Civil Veterinary Department. Madras. Admin. report 1926-33 - 1926-1933
Year: 1926
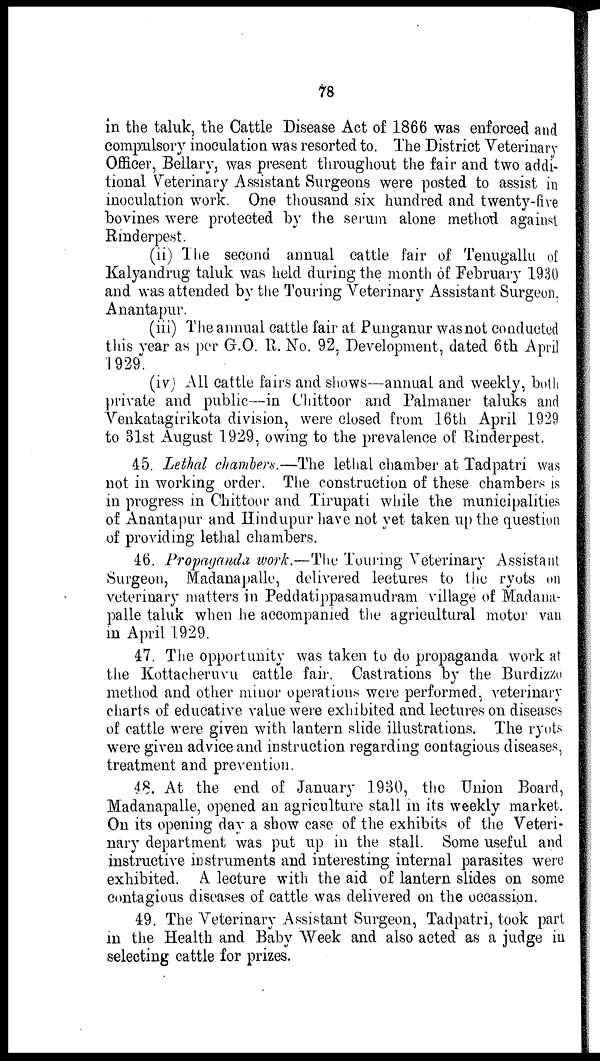
78
in the taluk, the Cattle Disease Act of 1866 was enforced and
compulsory inoculation was resorted to. The District Veterinary
Officer, Bellary, was present throughout the fair and two addi-
tional Veterinary Assistant Surgeons were posted to assist in
inoculation work. One thousand six hundred and twenty-five
bovines were protected by the serum alone method against
Rinderpest.
(ii) The second annual cattle fair of Tenugallu of
Kalyandrug taluk was held during the month of February 1930
and was attended by the Touring Veterinary Assistant Surgeon,
Anantapur.
(iii) The annual cattle fair at Punganur was not conducted
this year as per G.O. R. No. 92, Development, dated 6th April
1929.
(iv) All cattle fairs and shows—annual and weekly, both
private and public—in Chittoor and Palmaner taluks and
Venkatagirikota division, were closed from 16th April 1929
to 31st August 1929, owing to the prevalence of Rinderpest.
45. Lethal chambers.—The lethal chamber at Tadpatri was
not in working order. The construction of these chambers is
in progress in Chittoor and Tirupati while the municipalities
of Anantapur and Hindupur have not yet taken up the question
of providing lethal chambers.
46. Propaganda work.—The Touring Veterinary Assistant
Surgeon, Madanapalle, delivered lectures to the ryots on
veterinary matters in Peddatippasamudram village of Madana-
palle taluk when he accompanied the agricultural motor van
in April 1929.
47. The opportunity was taken to do propaganda work at
the Kottacheruvu cattle fair. Castrations by the Burdizzo
method and other minor operations were performed, veterinary
charts of educative value were exhibited and lectures on diseases
of cattle were given with lantern slide illustrations. The ryots
were given advice and instruction regarding contagious diseases,
treatment and prevention.
48. At the end of January 1930, the Union Board,
Madanapalle, opened an agriculture stall in its weekly market.
On its opening day a show case of the exhibits of the Veteri-
nary department was put up in the stall. Some useful and
instructive instruments and interesting internal parasites were
exhibited. A lecture with the aid of lantern slides on some
contagious diseases of cattle was delivered on the occassion.
49. The Veterinary Assistant Surgeon, Tadpatri, took part
in the Health and Baby Week and also acted as a judge in
selecting cattle for prizes.